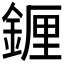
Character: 𬫭